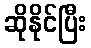
ဆိုနိုင်ပြီး